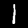
Label: 1